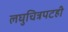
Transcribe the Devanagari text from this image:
लघुचित्रपटही